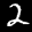
Label: 2